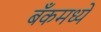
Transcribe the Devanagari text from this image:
बँकमध्ये